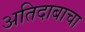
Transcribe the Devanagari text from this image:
अतिदाबाचा